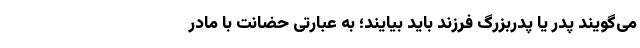
می‌گویند پدر یا پدربزرگ فرزند باید بیایند؛ به عبارتی حضانت با مادر